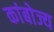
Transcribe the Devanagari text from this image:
कांबोज्य